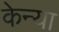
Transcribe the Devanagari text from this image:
केन्‍या